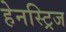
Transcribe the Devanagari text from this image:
हेनस्ट्रिज